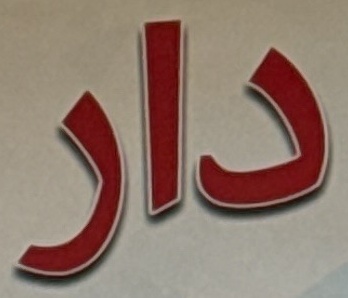
دار